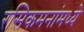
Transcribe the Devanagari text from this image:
रसिकमनांमध्ये